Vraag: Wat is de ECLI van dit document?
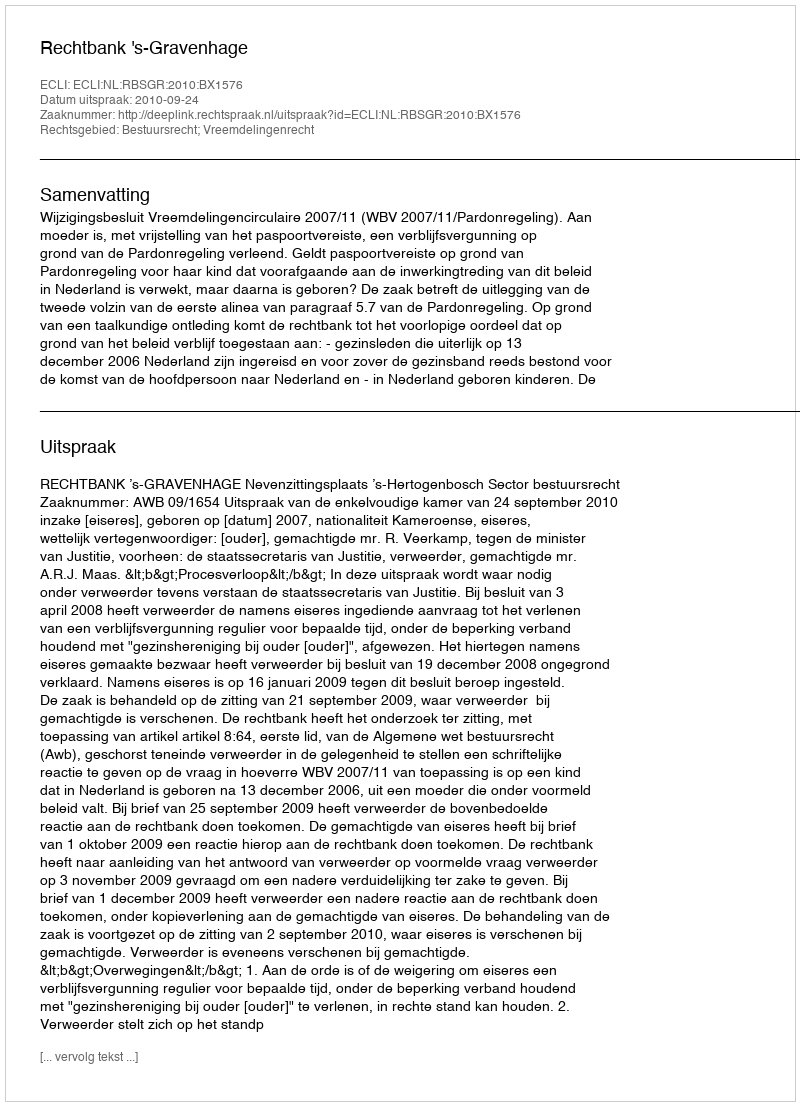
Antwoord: ECLI:NL:RBSGR:2010:BX1576